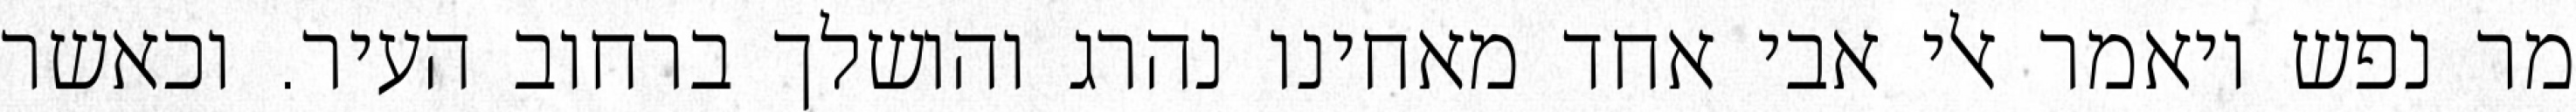
מר נפש ויאמר אלי אבי אחד מאחינו נהרג והושלך ברחוב העיר. וכאשר